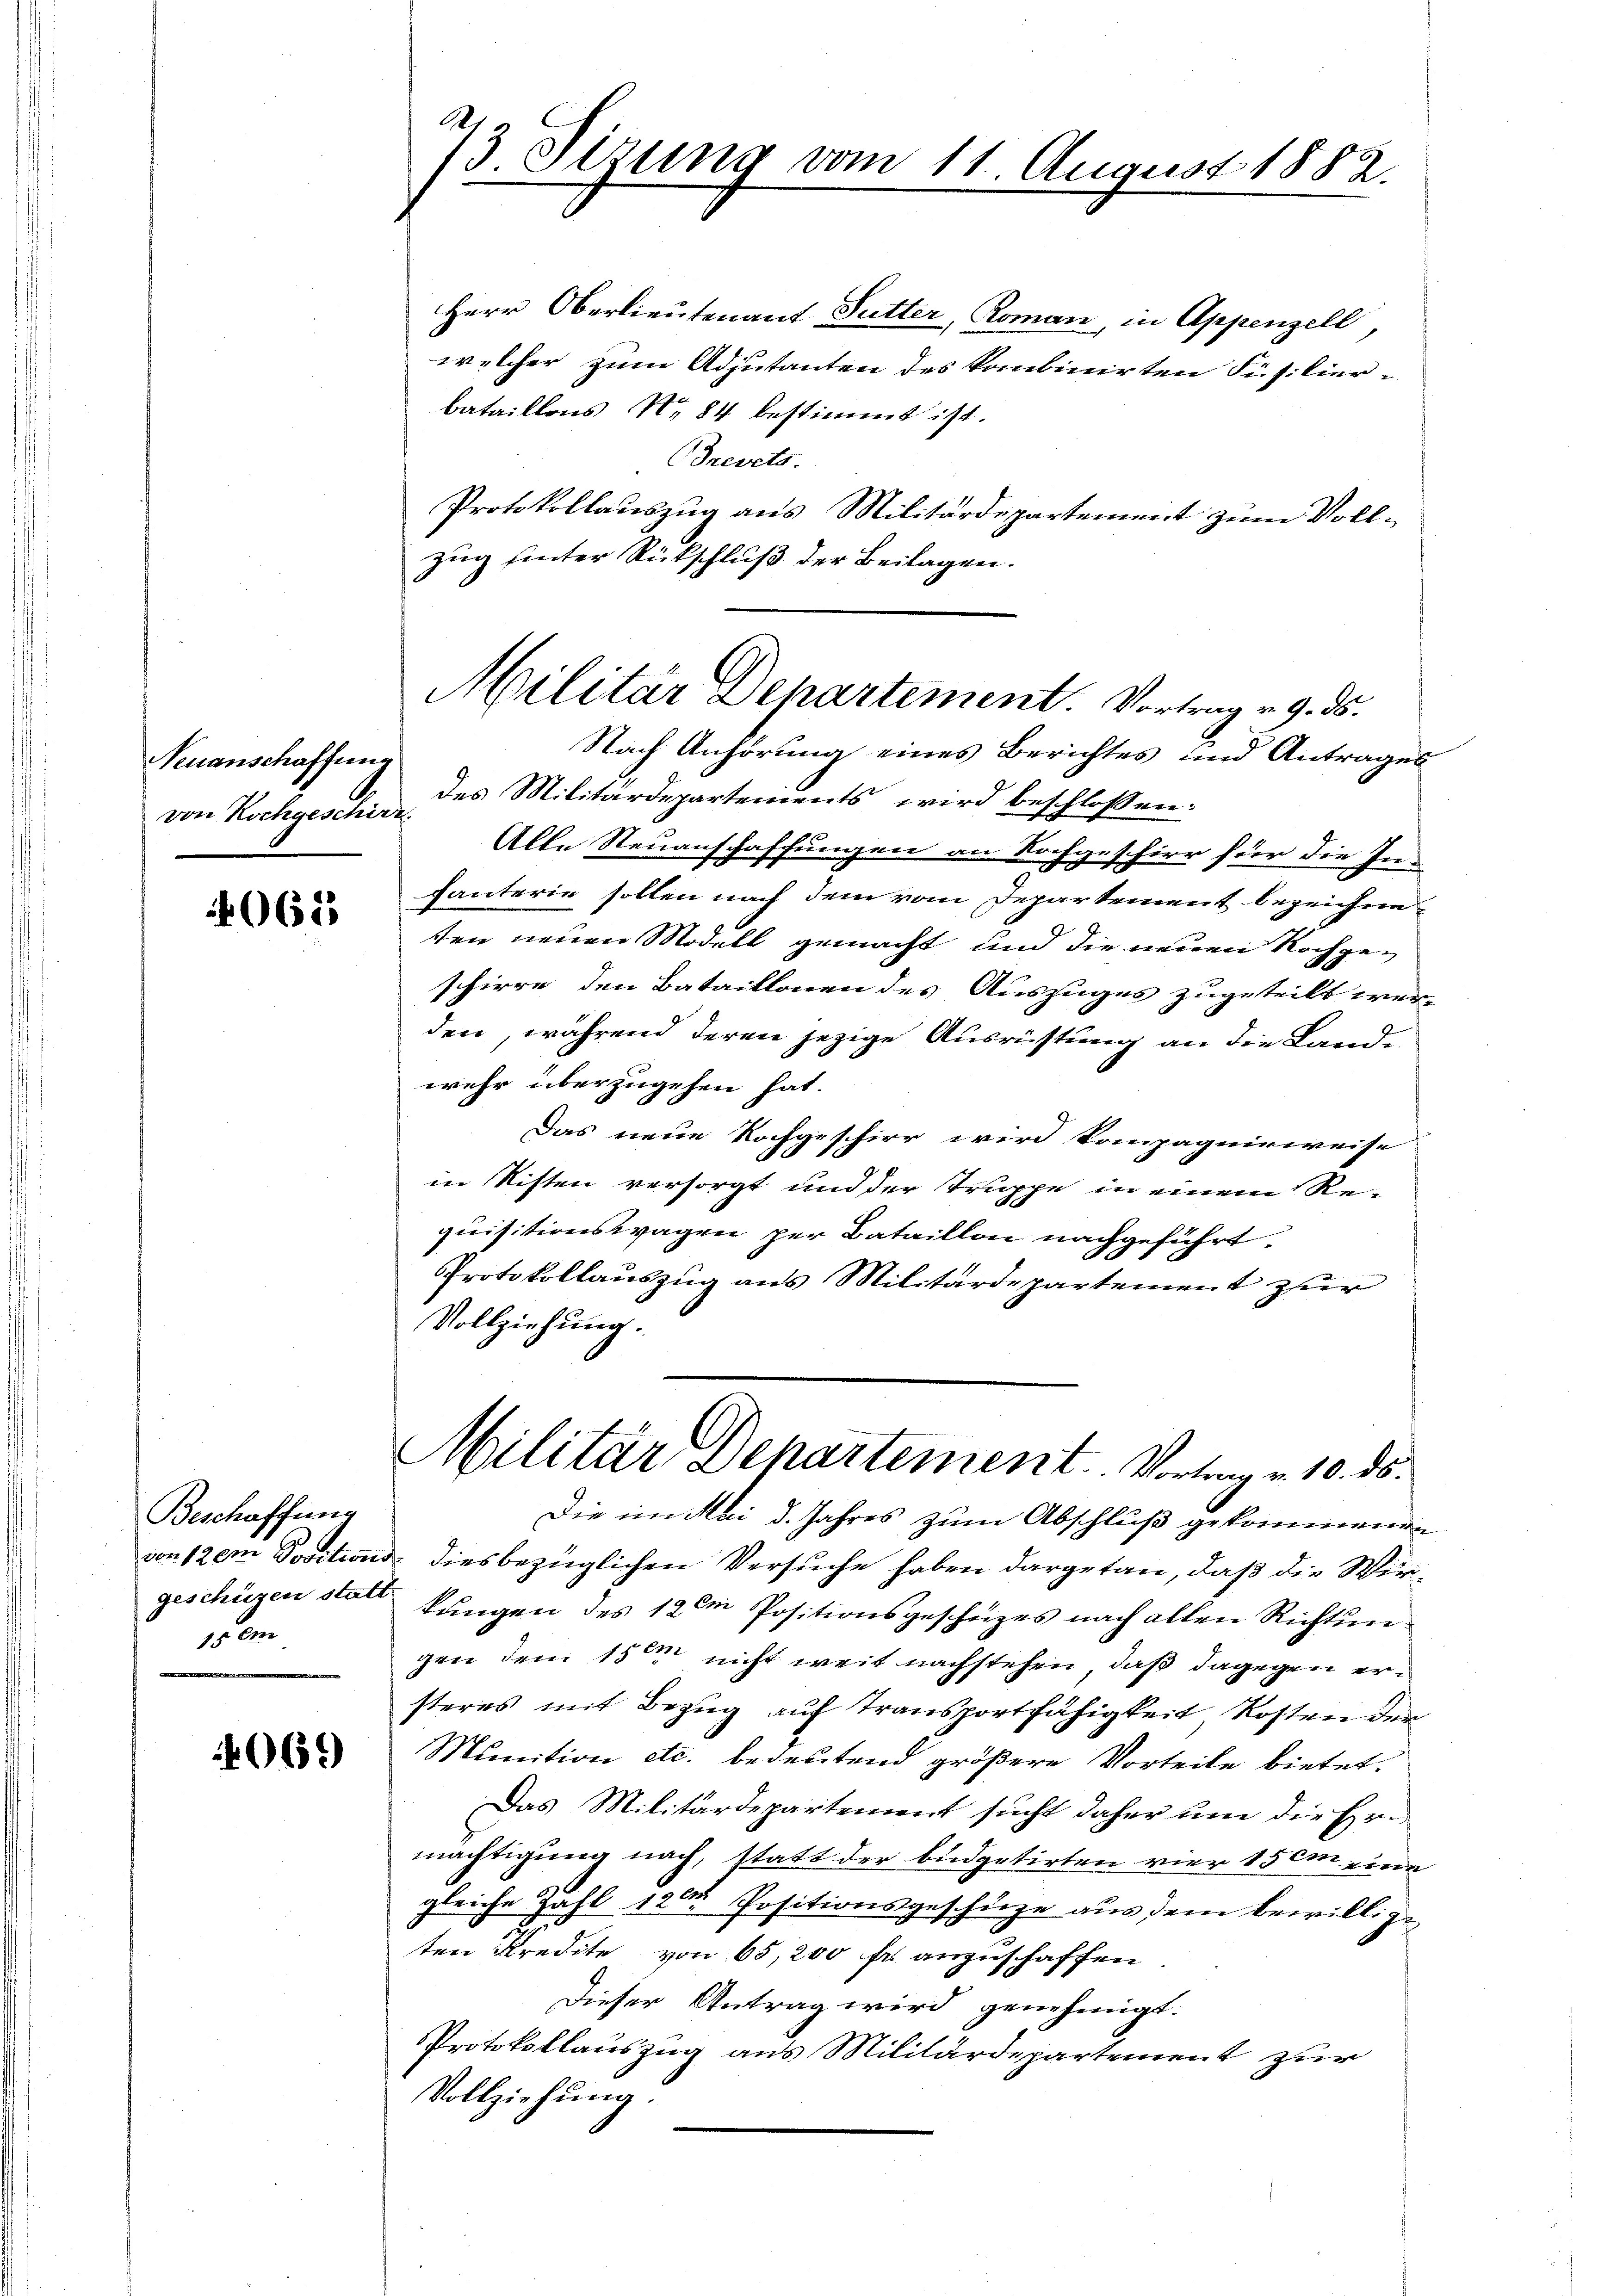
Neuanschaffung
von Hochgeschirr

4061

Beschaffung
geschüzen statt

069)

73. Sizung vom 11. August 1882.

Herr Oberlieutenant Futter, Roman, in Appenzell,
welcher zum Adjutanten des kombinirten Füsilierbataillons No 84 bestimmt ist.
Frevets.
Protokollauszug aus Militärdepartement zum Vollzug hinter Rückschluß der Beilagen.
Nach Anhörung eines Berichtes und Antrages
des Militärdepartements wird beschloßen:
Alle Neuanschaffungen an Nachgeschirr für die In-
hanterie sollen nach dem vom Departement bezeichneten neuen Modell gemacht und die neuen Nachgeschirre den Bataillonen des Auszuges zugeteilt wer-
den, während deren jezige Ausrüstung an die Land-
wehr überzugehen hat.
Das neue Kochgeschirr wird kompagnieweise
in Risten versorgt und der Truppe in einem Re-
quisitionswagen per Bataillon nachgeführt.
Protokollauszug aus Militärdepartement zur
Vollziehung.
Militär Departement. Vortrag v. 10. ds.
Die im Mai d. Jahres zum Abschluß gekommenen
von 120m Positions diesbezüglichen Versuche haben dargetan, daß die Wirkungen des 12 te Positionsgescheizes nach allen Richtungen dem 15ten nicht weit nachstehen, daß dagegen ersteres mit Bezug auf Transportfähigkeit, Kosten der
Munition etc. bedeutend größere Vorteile bietet.
Das Militärdepartement sucht daher um die Ermächtigung nach, statt der büdgetirten vier 15 cm eine
gleiche Zahl 120. Positionsgeschüze aus dem bewillige
ten Kredite von 65,200 fr anzuschaffen
Dieser Antrag wird genehmigt.
Protokollauszug aus Militärdepartement zur
Vollziehung.

Militär Departement. Vortrag v. 9. ds.